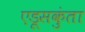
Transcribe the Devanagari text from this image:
एडूसकुंता